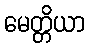
မေတ္တိယာ